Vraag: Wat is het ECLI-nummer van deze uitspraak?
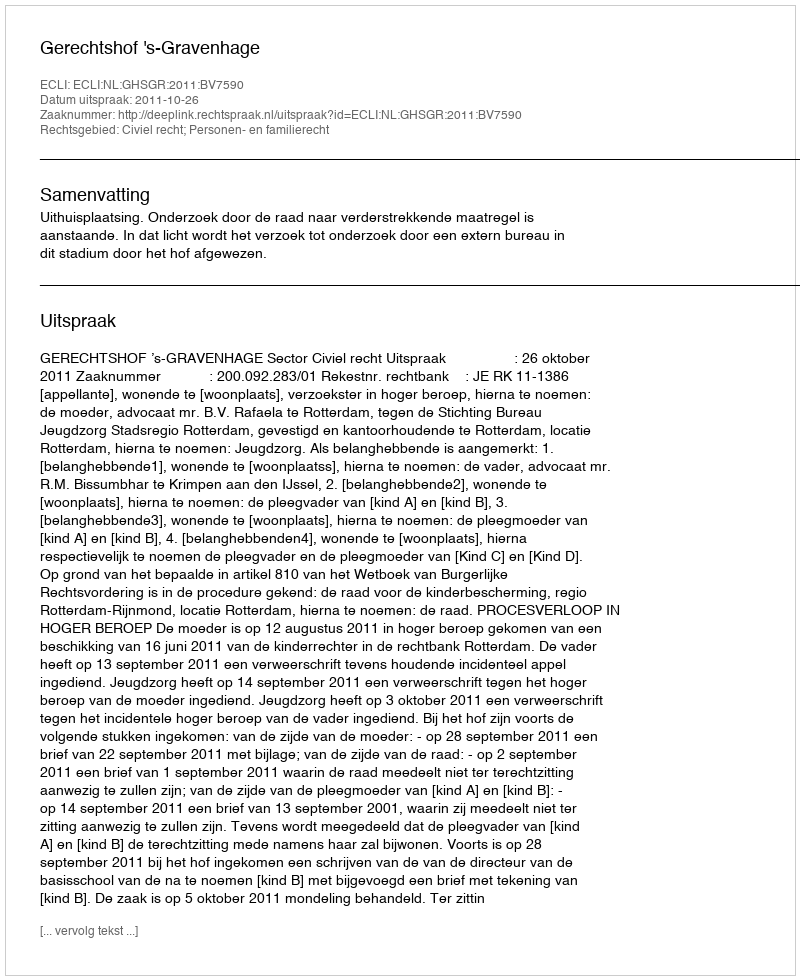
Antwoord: ECLI:NL:GHSGR:2011:BV7590